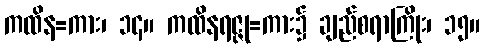
ကထိန=ကား၊ ၁၄။ ကထိနရဇ္ဇု=ကား၌ ချည်စရာကြိုး၊ ၁၅။